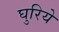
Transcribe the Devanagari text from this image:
घुरिये